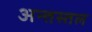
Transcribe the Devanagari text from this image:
अन्तस्तल